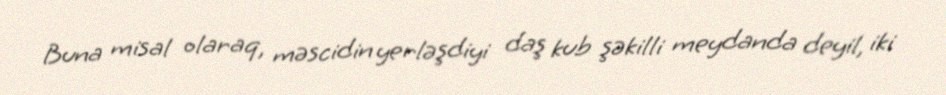
Buna misal olaraq, məscidin yerləşdiyi daş kub şəkilli meydanda deyil, iki